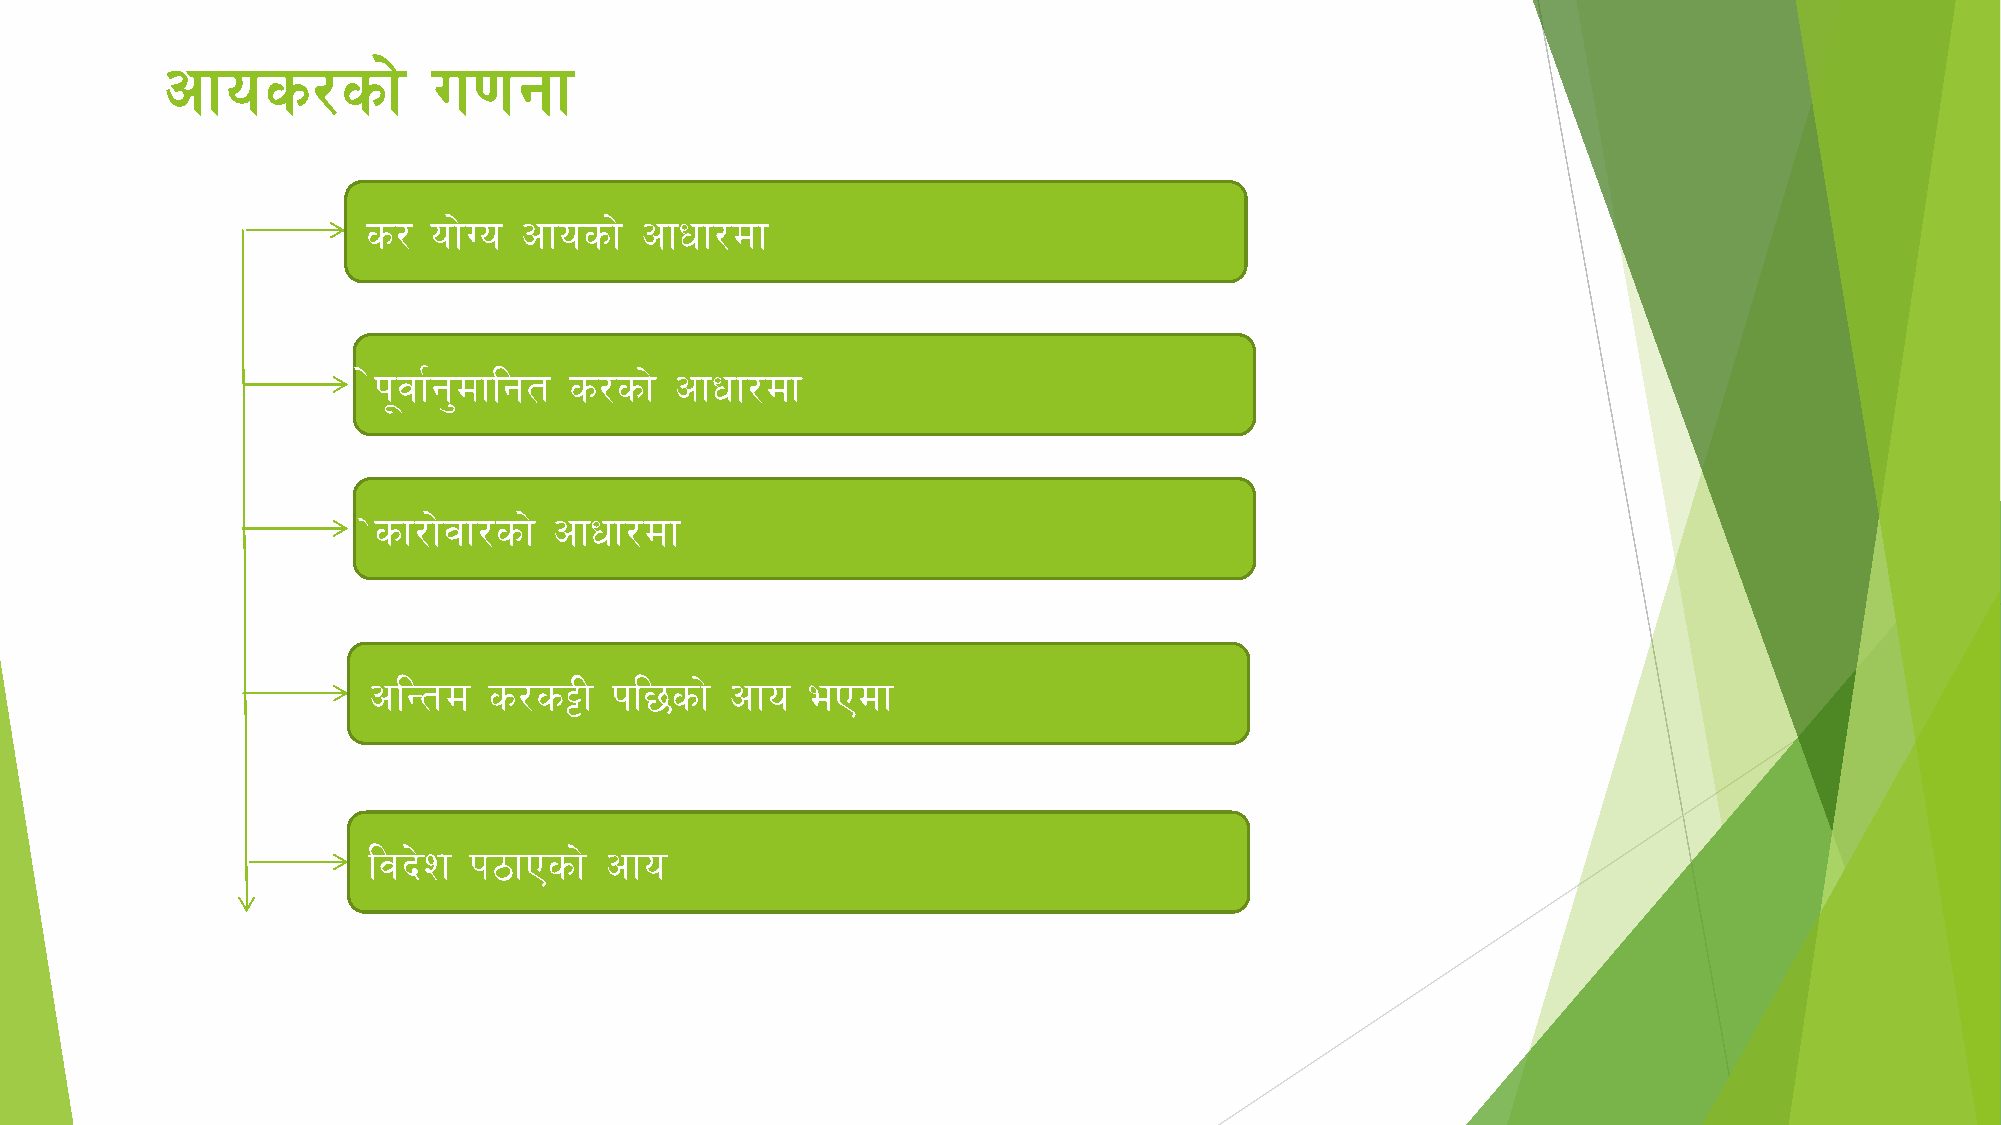
cfos/sf]          u0fgf
 s/  of]Uo cfosf]  cfwf/df
 ]k"jf{g'dflgt s/sf] cfwf/df
 sf/f]jf/sf] cfwf/df
 ]
 clGtd   s/s§L   kl5sf]  cfo  ePdf
 ljb]z  k7fPsf]  cfo